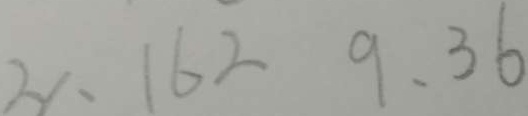
、 1 6 2 9 、 3 6